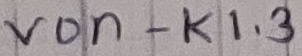
Text: von - K1.3